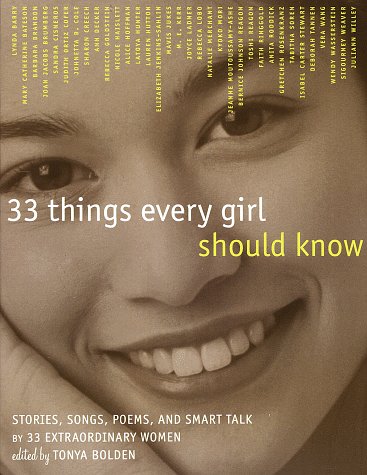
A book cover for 33 Things Every Girl Should Know: Stories, Songs, poems, and Smart Talk by 33 Extraordinary Women; Tonya Bolden; Children's Books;